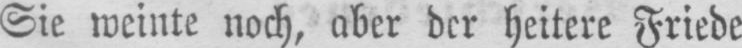
Sie weinte noch, aber der heitere Friede